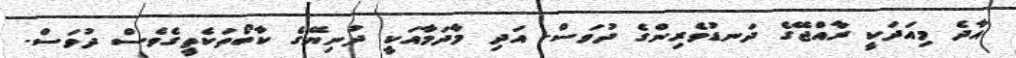
އާދެ މިއަދަކީ ރާއްޖޭގެ ދަނޑުވެރިންގެ ދުވަސް. އަދި މާދަމާއަކީ ދުނިޔޭގެ ކާބޯތަކެތީގެވެސް ދުވަސް.